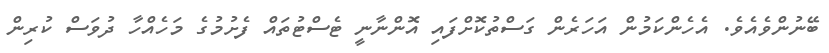
ބޭނުންވެއެވެ. އެހެންކަމުން އަހަރެން ގަސްތުކޮށްފައި އޮންނާނީ ޓެސްޓުތައް ފެށުމުގެ މަހެއްހާ ދުވަސް ކުރިން